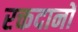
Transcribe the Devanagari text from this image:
रक्तदानों